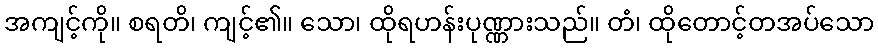
အကျင့်ကို။ စရတိ၊ ကျင့်၏။ သော၊ ထိုရဟန်းပုဏ္ဏားသည်။ တံ၊ ထိုတောင့်တအပ်သော